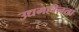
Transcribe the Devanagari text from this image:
उद्यमहीनता